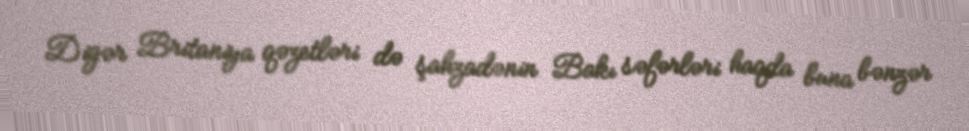
Digər Britaniya qəzetləri də şahzadənin Bakı səfərləri haqda buna bənzər